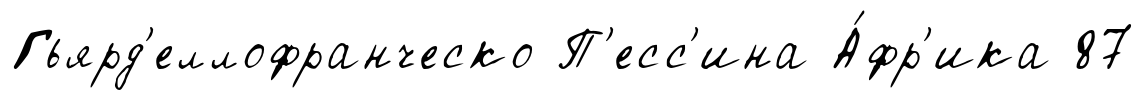
Гьярд'еллофранческо П'есс'ина А́фр'ика 87